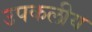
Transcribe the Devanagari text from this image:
उपकलीय